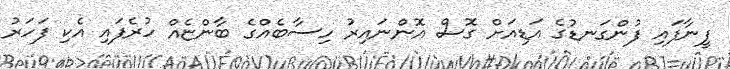
ފީނާފައި ފުންގަނޑުގެ އަޑިއަށް ގޮސް އޮންނައިރު ހިސާބެއްގެ ބާންޏެއް ހުރެފައި އެކި ފަހަރު